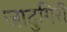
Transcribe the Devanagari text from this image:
जादुगिरी